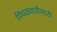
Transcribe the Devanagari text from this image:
पिंपळवाडीसाठी